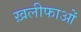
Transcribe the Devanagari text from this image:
ख़लीफाओं